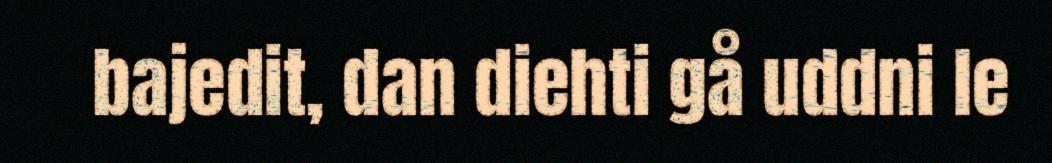
bajedit, dan diehti gå uddni le